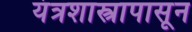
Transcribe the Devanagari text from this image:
यंत्रशास्त्रापासून